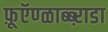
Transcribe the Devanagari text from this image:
फ़ूऍण्ळाब्ब्ऱाडा